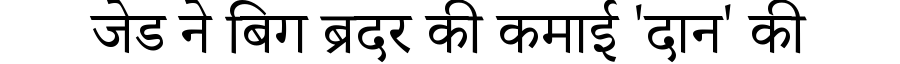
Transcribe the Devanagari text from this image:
जेड ने बिग ब्रदर की कमाई 'दान' की